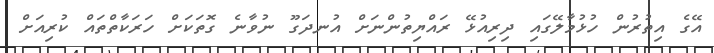
އޭގެ އިތުރުން ހުޅުމާލޭގައި ދިރިއުޅޭ ރައްޔިތުންނަށް އުނދަގޫ ނުވާނެ ގޮތަކަށް ހަރަކާތްތައް ކުރިއަށް